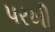
પરખી